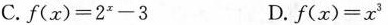
C. $$f ( x ) = 2^{x} - 3$$ D. $$f ( x ) = x^{3}$$